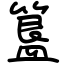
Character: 簋